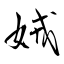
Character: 娀